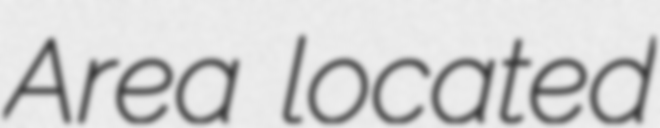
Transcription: Area located